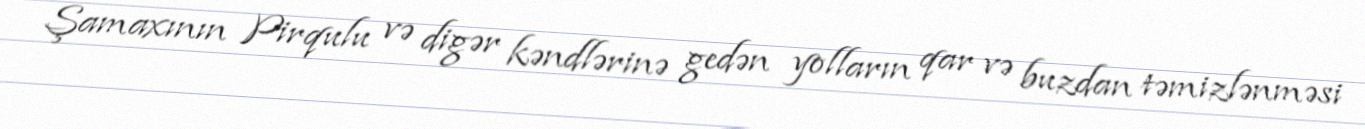
Şamaxının Pirqulu və digər kəndlərinə gedən yolların qar və buzdan təmizlənməsi